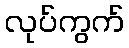
လုပ်ကွက်